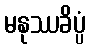
မနုဿခိပ္ပံ